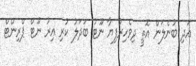
އަދި ބުނެލަން އޮތީ ދިވެހިރުފިޔާ ނޫޓު ބަދަލު ކުރި އިރު ނޫޓް ޕްރިންޓް